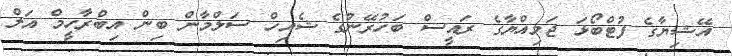
އޭޝިޔާގެ ފުޓްބޯޅަ ޖަމިއްޔާގެ ރައީސް ބަހުރޭނުގެ ޝެއިހް ސަލްމާން ބިން އިބްރާހީމް އަލް